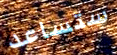
ستساعد